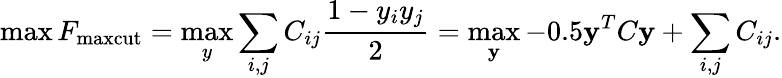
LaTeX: \operatorname*{max}F_{\mathrm{maxcut}}=\operatorname*{max}_{y}\sum_{i,j}C_{ij}\frac{1-y_{i}y_{j}}{2}=\operatorname*{max}_{\mathbf y}-0.5{\mathbf y}^{T}C{\mathbf y}+\sum_{i,j}C_{ij}.